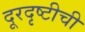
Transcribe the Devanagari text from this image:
दूरदृष्टीची